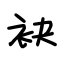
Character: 袂